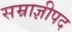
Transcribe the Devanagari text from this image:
सम्राज्ञीपद